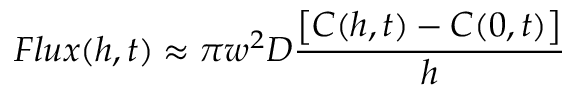
F l u x ( h , t ) \approx \pi w ^ { 2 } D \frac { \left[ C ( h , t ) - C ( 0 , t ) \right] } { h }